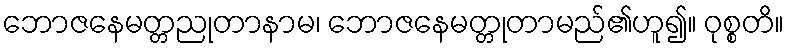
ဘောဇနေမတ္တညုတာနာမ၊ ဘောဇနေမတ္တုတာမည်၏ဟူ၍။ ဝုစ္စတိ။